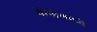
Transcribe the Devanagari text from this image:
कॅम्डेनमध्ये